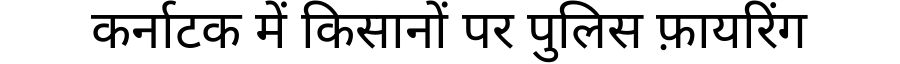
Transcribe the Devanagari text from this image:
कर्नाटक में किसानों पर पुलिस फ़ायरिंग